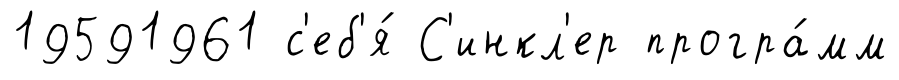
19591961 с'еб'я́ С'инкл'ер програ́мм